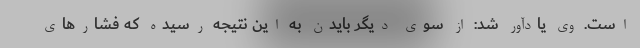
است. وی یادآور شد: از سوی دیگر بایدن به این نتیجه رسیده که فشارهای